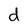
Character: d